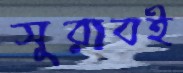
সুরাবই